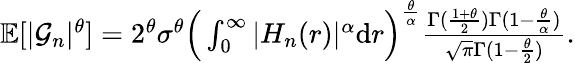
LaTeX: \begin{array}{r}{\mathbb{E}[|\mathcal{G}_{n}|^{\theta}]=2^{\theta}\sigma^{\theta}\Big(\int_{0}^{\infty}|H_{n}(r)|^{\alpha}\mathrm{d}r\Big)^{\frac{\theta}{\alpha}}\frac{\Gamma(\frac{1+\theta}{2})\Gamma(1-\frac{\theta}{\alpha})}{\sqrt{\pi}\Gamma(1-\frac{\theta}{2})}.}\end{array}